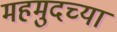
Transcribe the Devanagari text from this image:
महमुदच्या